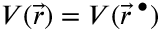
V ( \vec { r } ) = V ( \vec { r } ^ { \; \bullet } )